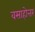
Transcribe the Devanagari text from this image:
वसाहोत्तर